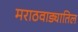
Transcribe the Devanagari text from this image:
मराठवाड्यातिल